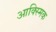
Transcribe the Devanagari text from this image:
आक्स्मिक